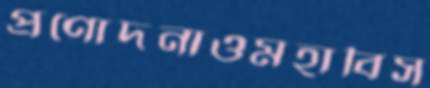
প্রণোদনাওমহাবিস